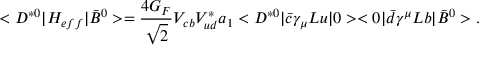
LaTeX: < D ^ { * 0 } | { \cal H } _ { e f f } | \bar { B } ^ { 0 } > = \frac { 4 G _ { F } } { \sqrt { 2 } } V _ { c b } V _ { u d } ^ { * } a _ { 1 } < D ^ { * 0 } | \bar { c } \gamma _ { \mu } L u | 0 > < 0 | \bar { d } \gamma ^ { \mu } L b | \bar { B } ^ { 0 } > .